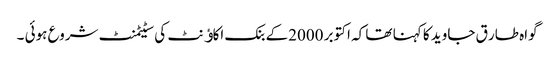
گواہ طار ق جاوید کا کہنا تھا کہ اکتوبر 2000کے بنک اکاﺅنٹ کی سٹیٹمنٹ شروع ہوئی ۔